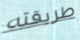
طريقته